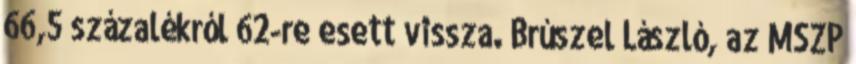
66,5 százalékról 62-re esett vissza. Brúszel László, az MSZP